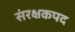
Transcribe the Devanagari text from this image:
संरक्षकपद